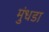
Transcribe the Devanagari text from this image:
मुंधडा